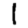
Digit: 1